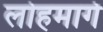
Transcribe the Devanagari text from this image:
लोहमार्गे